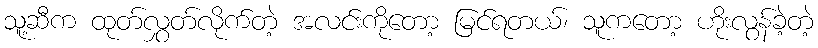
သူ့ဆီက ထုတ်လွှတ်လိုက်တဲ့ အလင်းကိုတော့ မြင်ရတယ်၊ သူကတော့ ဟိုးလွန်ခဲ့တဲ့